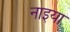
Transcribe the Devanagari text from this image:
नाइया